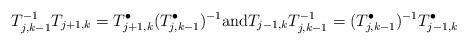
LaTeX: \begin{align*} T_{j,k-1}^{-1}T_{j+1,k}=T_{j+1,k}^\bullet(T_{j,k-1}^\bullet)^{-1}{\rm and}T_{j-1,k}T_{j,k-1}^{-1}=(T_{j,k-1}^\bullet)^{-1}T_{j-1,k}^\bullet \end{align*}